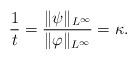
LaTeX: \begin{align*}\frac{1}{t}=\frac{\|\psi\|_{L^\infty}}{\|\varphi\|_{L^\infty}}=\kappa.\end{align*}